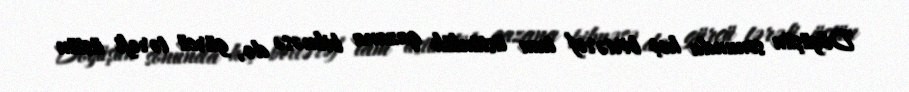
Döyüşün sonunda heç birtərəf tam üstünlük qazana bilməsə də, gürcü tərəfi üstün